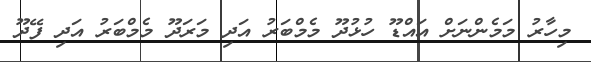
މިހާރު މަމެންނަށް އައްޑޫ ހުޅުދޫ މެމްބަރު އަދި މަރަދޫ މެމްބަރު އަދި ފޭދޫ